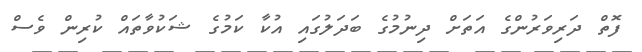
ފޮތް ދަރިވަރުންގެ އަތަށް ދިނުމުގެ ބަދަލުގައި އުކާ ކަމުގެ ޝަކުވާތައް ކުރިން ވެސް